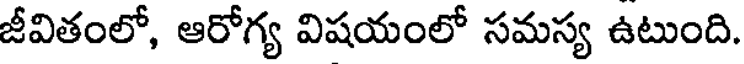
జీవితంలో, ఆరోగ్య విషయంలో సమస్య ఉటుంది.